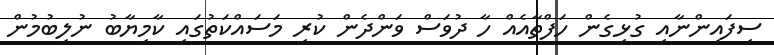
ސިފައިންނާއި ގުޅިގެން ހަފްތާއެއް ހާ ދުވަސް ވަންދެން ކުރި މަސައްކަތުގައި ކާމިޔާބު ނުލިބުމުން